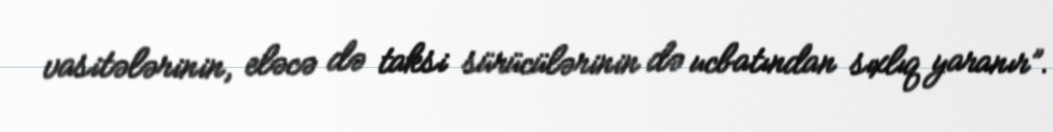
vasitələrinin, eləcə də taksi sürücülərinin də ucbatından sıxlıq yaranır”.